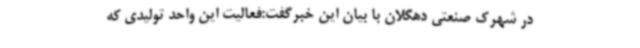
در شهرک صنعتی دهگلان با بیان این خبرگفت:فعالیت این واحد تولیدی که